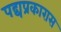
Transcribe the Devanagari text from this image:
पद्यप्रकारास